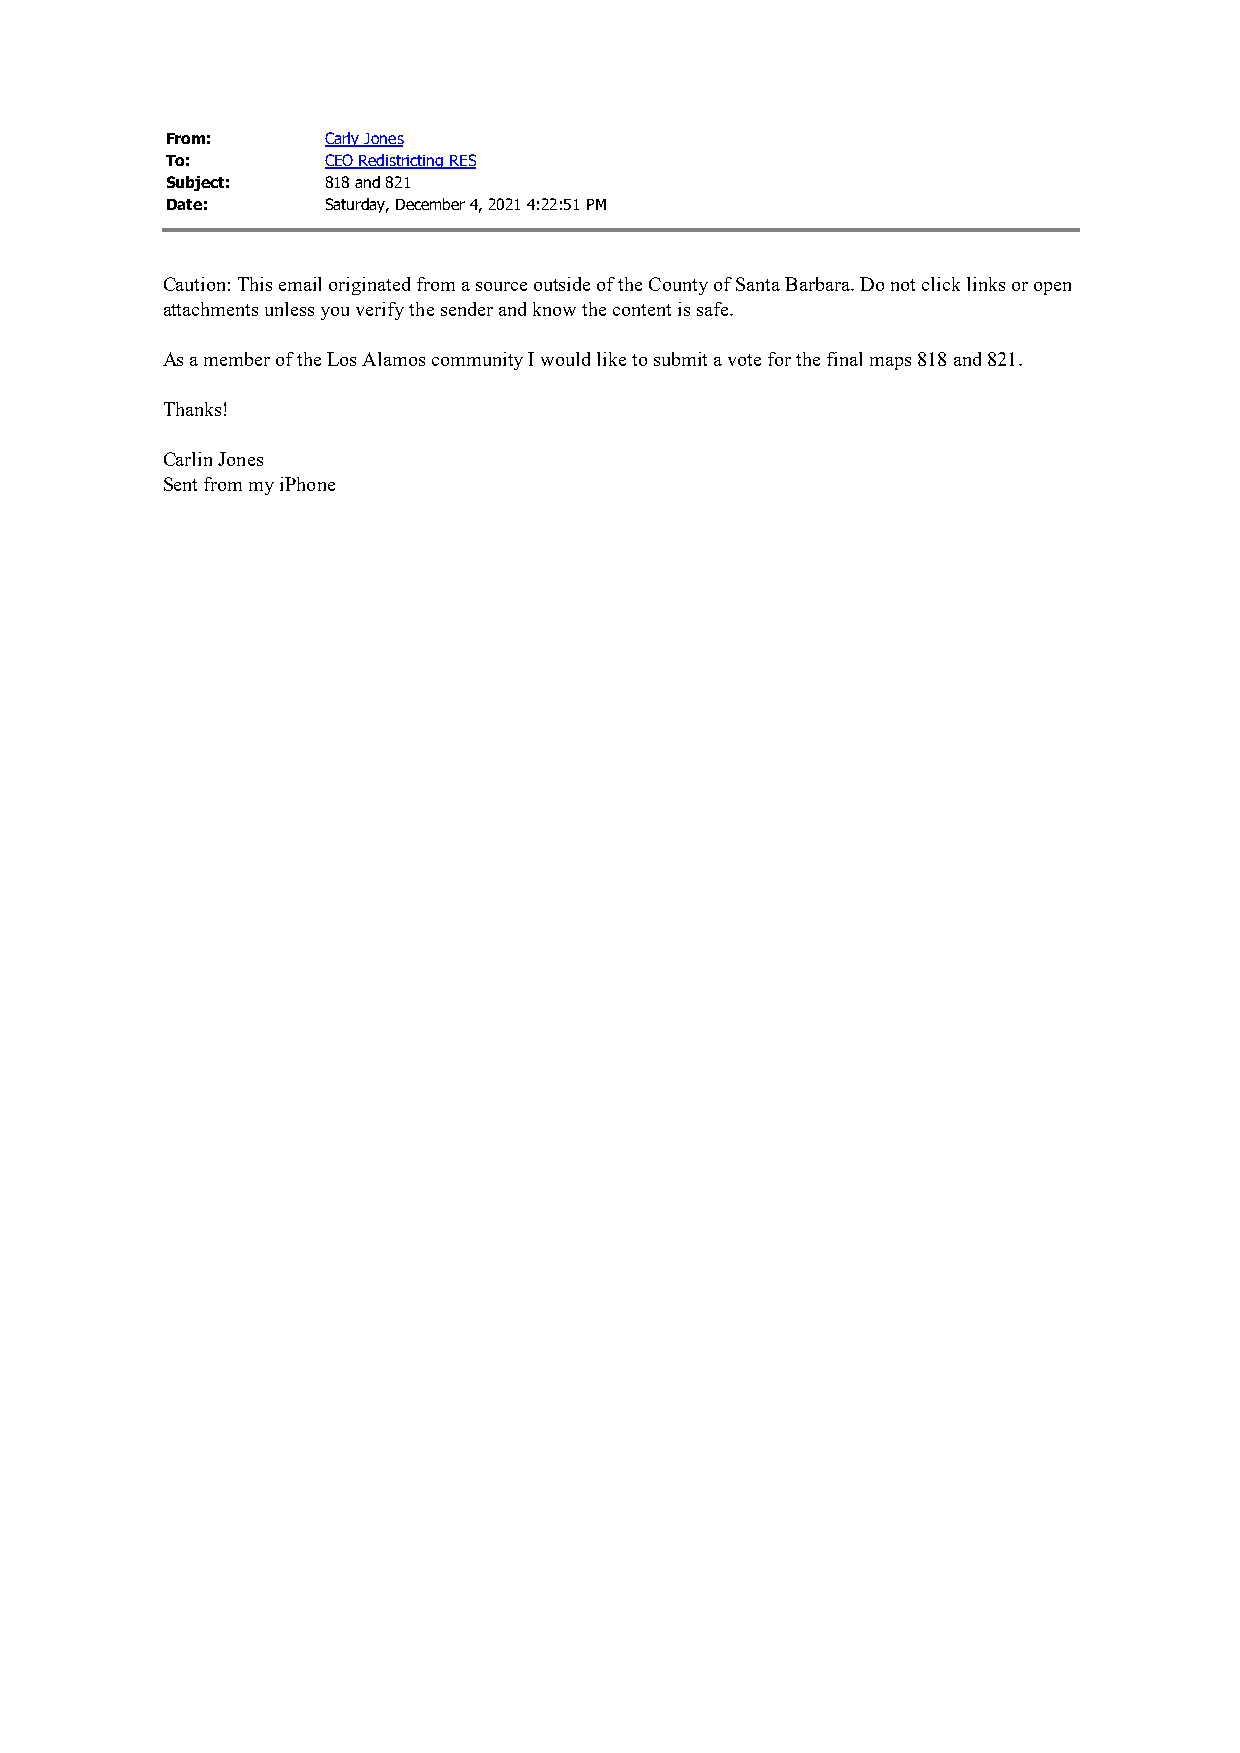
From:      Carly Jones
 To:        CEO Redistricting RES
 Subject:   818 and 821
 Date:      Saturday, December 4, 2021 4:22:51 PM
 Caution: This email originated from a source outside of the County of Santa Barbara. Do not click links or open
 attachments unless you verify the sender and know the content is safe.
 As a member of the Los Alamos community I would like to submit a vote for the final maps 818 and 821.
 Thanks!
 Carlin Jones
 Sent from my iPhone